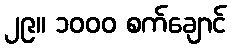
၂၉။ ၁၀၀၀ စက်ချောင်